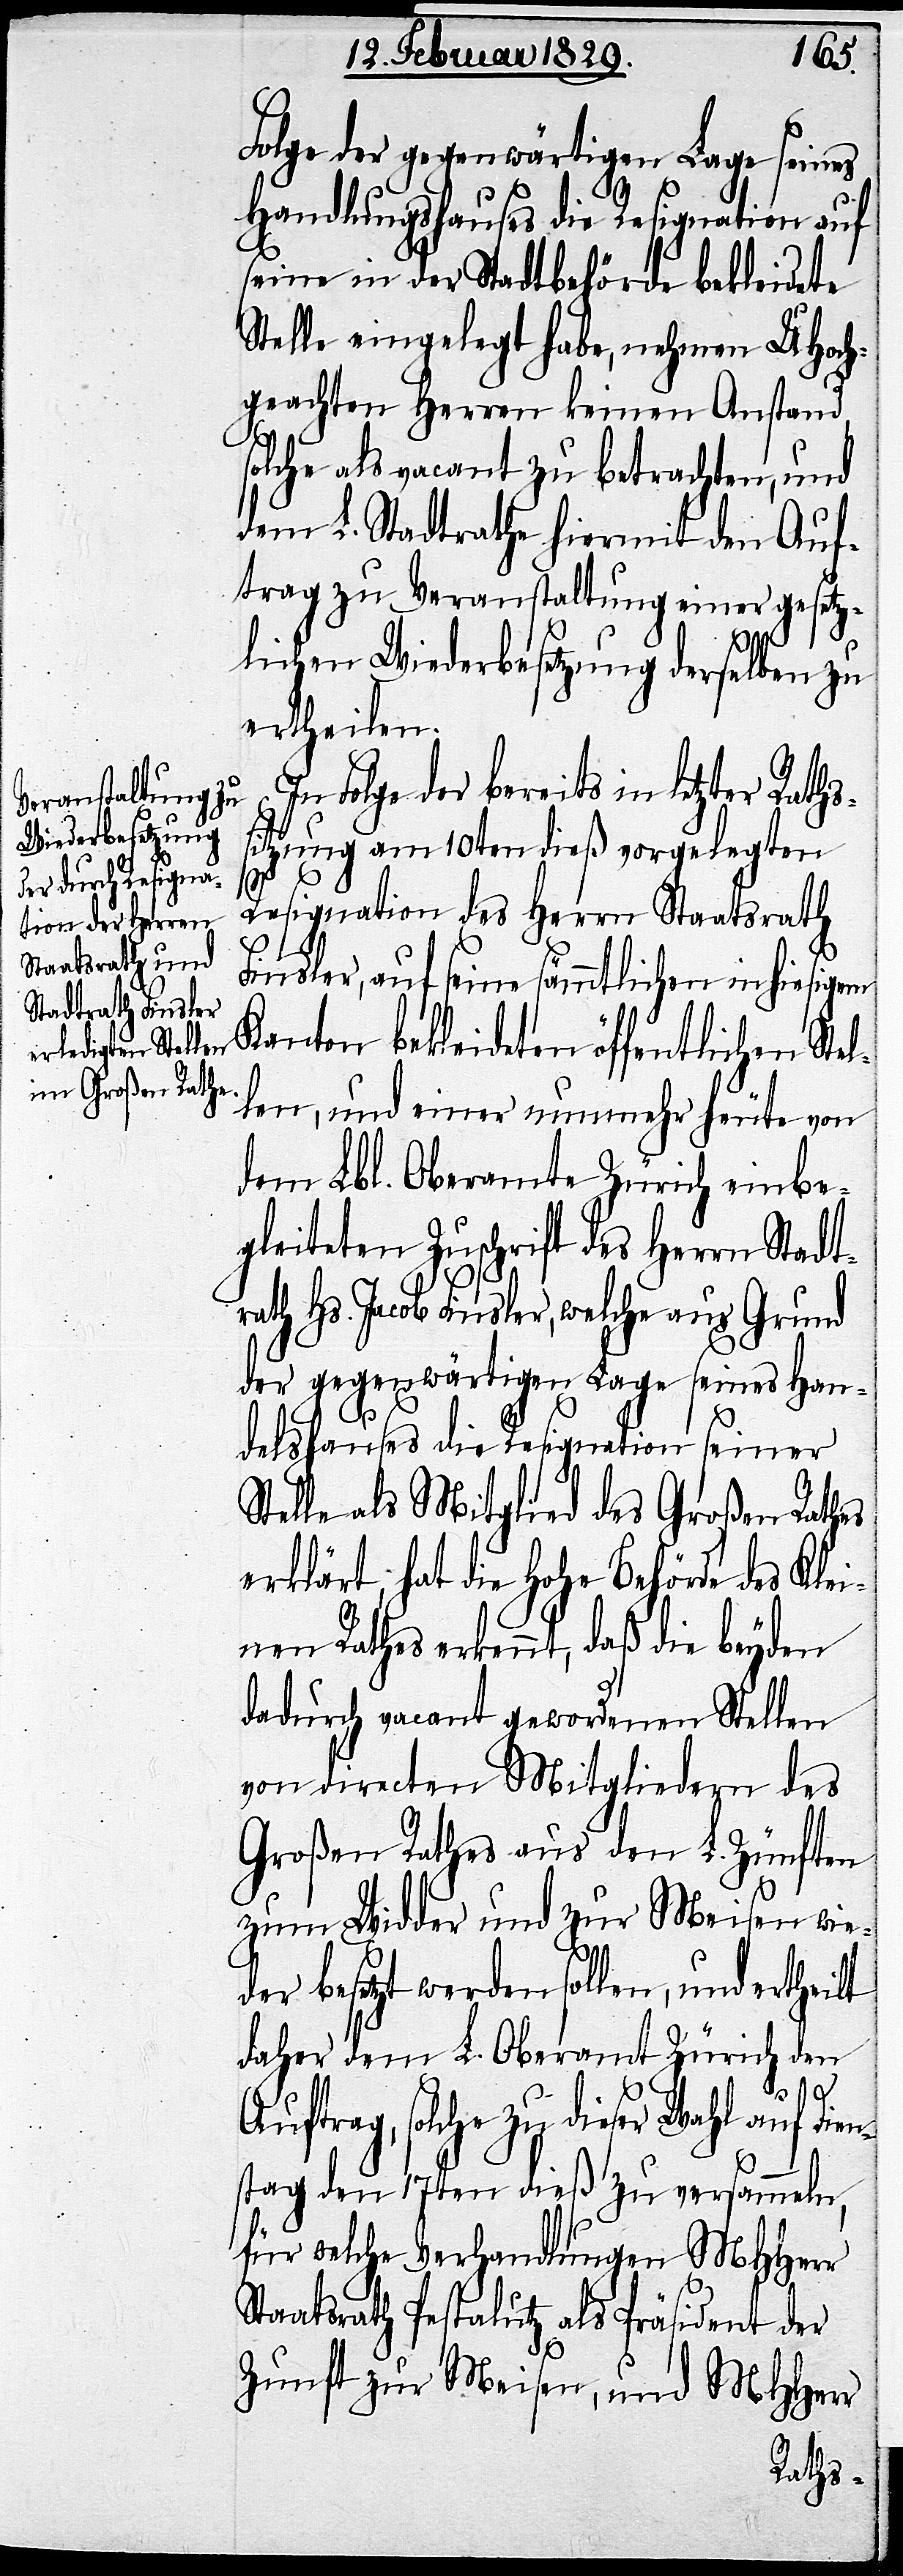
Folge der gegenwärtigen Lage seines
Handlungshauses die Resignation auf
seine in der Stadtbehörde bekleidete
Stelle eingelegt habe, nehmen UHoch¬
geachten Herren keinen Anstand,
solche als vacant zu betrachten, und
dem L. Stadtrathe hiermit den Auf¬
trag zu Veranstaltung einer gesetz¬
S¬
lichen Wiederbesetzung derselben zu
ertheilen.
In Folge der bereits in letzter
sitzung am 10ten dieß vorgelegten
Dien¬
Resignation des Herrn Staatsrath
Finsler, auf seine sämmtlichen in hiesigem
Kanton bekleideten öffentlichen Ste¬
len, und einer nunmehr heute von
dem Lbl. Oberamte Zürich einbe¬
gleiteten Zuschrift des Herrn Stadt¬
rath Hs. Jacob Finsler, welche aus Grund
der gegenwärtigen Lage seines Han¬
delshauses die Resignation seiner
telle als Mitglied des Großen Rathes
erklärt, hat die Hohe Behörde des Klei¬
nen Rathes erkennt, daß die beyden
dadurch vacant gewordenen Stellen
von directen Mitgliedern des
Großen Rathes aus den L. Zünften
zum Widder und zur Meisen wie¬
der besetzt werden sollen, und ertheilt
daher dem L. Oberamt Zürich den
Auftrag, solche zu dieser Wahl auf
stag den 17ten dieß zu versammeln,
für welche Verhandlungen MHHerr
Staatsrath Pestalutz als Präsident der
Zunft zur Meisen, und MHHerr
Raths¬